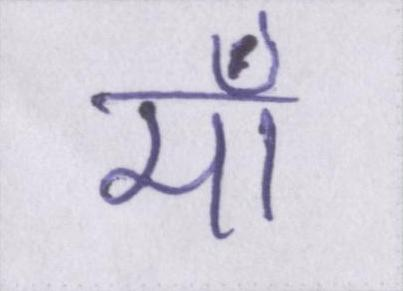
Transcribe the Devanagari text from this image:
मॉ